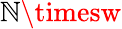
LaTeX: \mathbb{N}\timesw